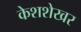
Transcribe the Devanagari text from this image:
केशशेखर